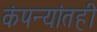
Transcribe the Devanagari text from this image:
कंपन्यांतही